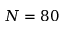
N = 8 0